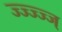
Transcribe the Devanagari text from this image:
ज्ज्ज्ज्ज्